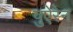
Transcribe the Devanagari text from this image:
युऐरेन